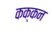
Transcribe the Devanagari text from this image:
कक्कन